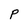
Character: P